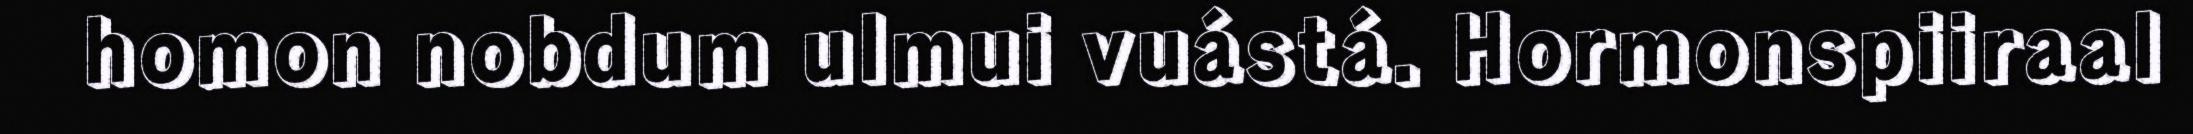
homon nobdum ulmui vuástá. Hormonspiiraal